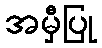
အမှီပြု